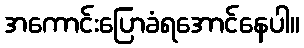
အကောင်းပြောခံရအောင်နေပါ။